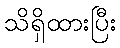
သိရှိထားပြီး